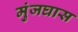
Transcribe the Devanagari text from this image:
मुंजघास